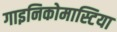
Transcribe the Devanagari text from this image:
गाइनिकोमास्टिया